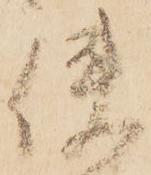
使